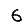
Digit: 6